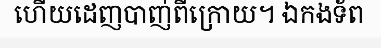
ហើយដេញបាញ់ពីក្រោយ។ ឯកងទ័ព